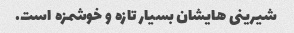
شیرینی هایشان بسیار تازه و خوشمزه است.